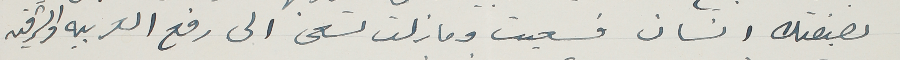
بصفتك انسان فسعيت وما زلت تسعى الى رفع العربيه والشرقيه